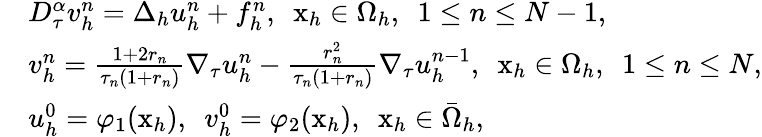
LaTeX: \begin{array}{rl}&{D_{\tau}^{\alpha}v_{h}^{n}=\Delta_{h}u_{h}^{n}+f_{h}^{n},~~\mathrm{x}_{h}\in\Omega_{h},~~1\le n\le N-1,}\\ &{v_{h}^{n}=\frac{1+2r_{n}}{\tau_{n}(1+r_{n})}\nabla_{\tau}u_{h}^{n}-\frac{r_{n}^{2}}{\tau_{n}(1+r_{n})}\nabla_{\tau}u_{h}^{n-1},~~\mathrm{x}_{h}\in\Omega_{h},~~1\le n\le N,}\\ &{u_{h}^{0}=\varphi_{1}(\mathrm{x}_{h}),~~v_{h}^{0}=\varphi_{2}(\mathrm{x}_{h}),~~\mathrm{x}_{h}\in\bar{\Omega}_{h},}\end{array}